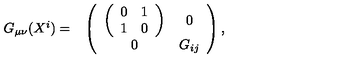
\begin{array} { c c } { G _ { \mu \nu } ( X ^ { i } ) = } & { \left( \begin{array} { c c } { \left( \begin{array} { c c } { 0 } & { 1 } \\ { 1 } & { 0 } \\ \end{array} \right) } & { 0 } \\ { 0 } & { G _ { i j } } \\ \end{array} \right) , } \\ \end{array}